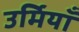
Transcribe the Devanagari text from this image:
उर्मियाँ